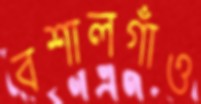
বশালগাঁও